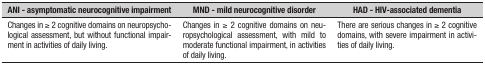
<table><thead><tr><td><b>ANI - asymptomatic neurocognitive impairment</b></td><td><b>MND - mild neurocognitive disorder</b></td><td><b>HAD - HIV-associated dementia</b></td></tr></thead><tbody><tr><td>Changes in ≥ 2 cognitive domains onneuropsycho­logical assessment, but without functional impair­mentin activities of daily living.</td><td>Changes in ≥ 2 cognitive domains onneu­ropsychological assessment, with mild to moderate functionalimpairment, in activities of daily living.</td><td>There are serious changes in ≥ 2 cognitivedomains, with severe impairment in activi­ties of daily living.</td></tr></tbody></table>